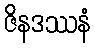
ဇိနဒဿနံ